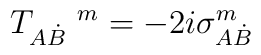
T_{A\dot B}^{\ \ \ \ m}=-2i\sigma _{A\dot B}^m